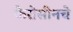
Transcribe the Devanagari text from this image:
केरोसीनचे